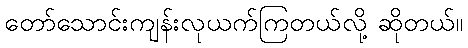
တော်သောင်းကျန်းလုယက်ကြတယ်လို့ ဆိုတယ်။